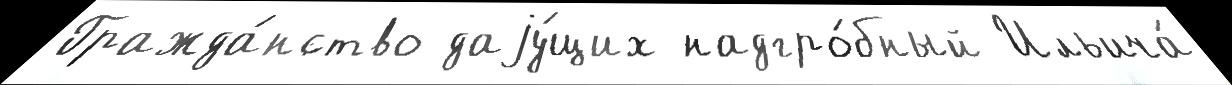
Гражда́нство даjу́щих надгро́бный Ильича́